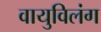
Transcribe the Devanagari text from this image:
वायुविलंग